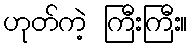
ဟုတ်ကဲ့ ကြီးကြီး။